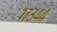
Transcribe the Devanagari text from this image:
१७३४४